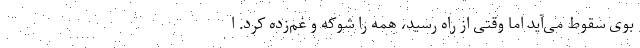
بوی سقوط می‌آید اما وقتی از راه رسید، همه را شوکه و غم‌زده کرد. ا